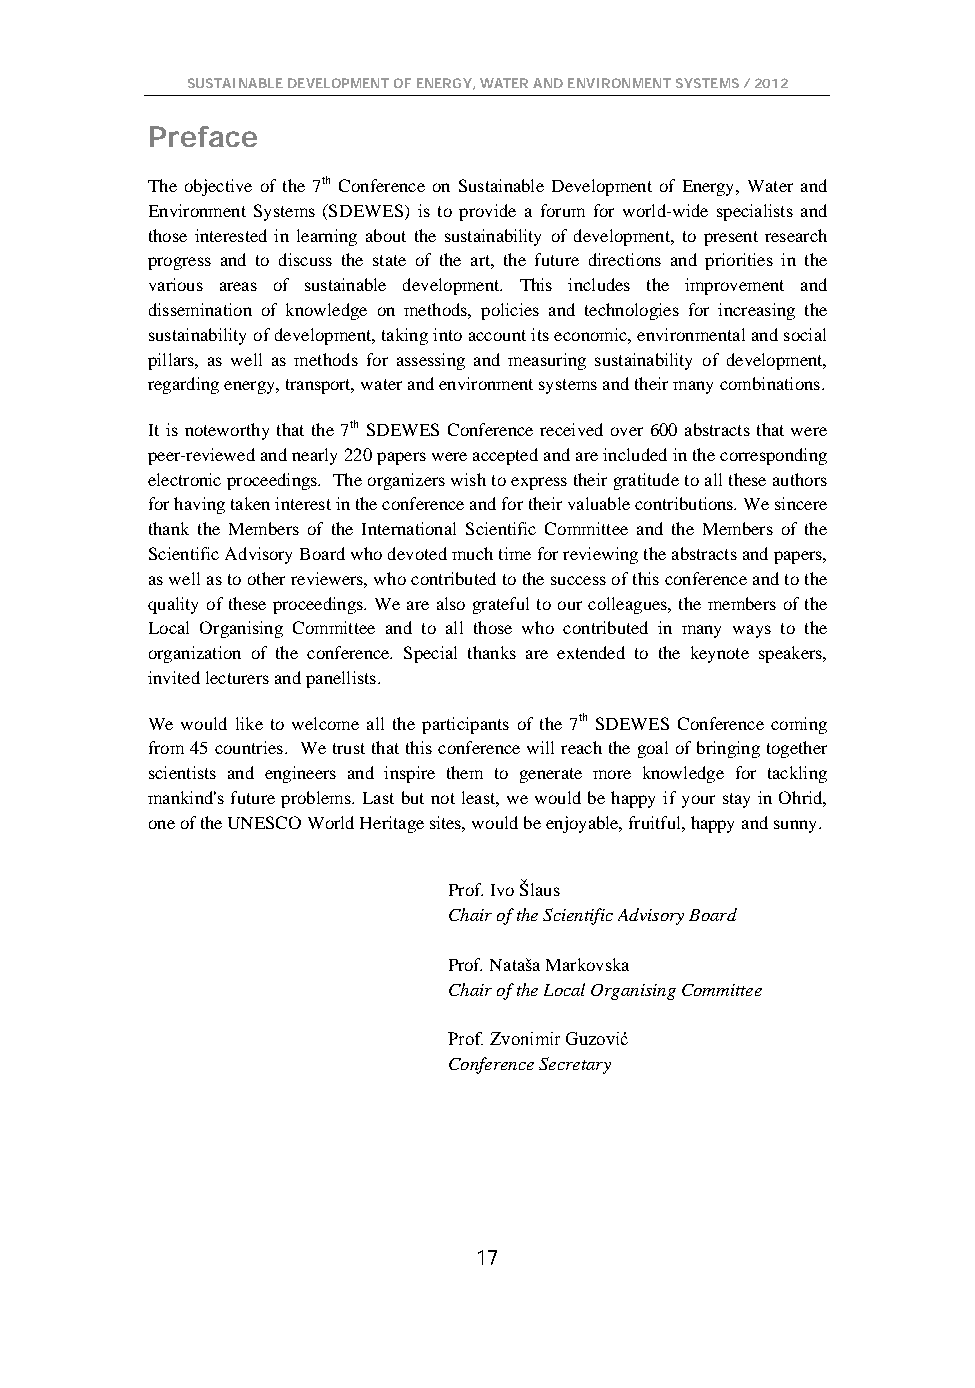
SUSTAINABLE DEVELOPMENT OF ENERGY, WATER AND ENVIRONMENT SYSTEMS / 2012
 Preface
 The objective of the 7th Conference on Sustainable Development of Energy, Water and
 Environment Systems (SDEWES) is to provide a forum for world-wide specialists and
 those interested in learning about the sustainability of development, to present research
 progress and to discuss the state of the art, the future directions and priorities in the
 various areas of sustainable development. This includes the improvement and
 dissemination of knowledge on methods, policies and technologies for increasing the
 sustainability of development, taking into account its economic, environmental and social
 pillars, as well as methods for assessing and measuring sustainability of development,
 regarding energy, transport, water and environment systems and their many combinations.
 It is noteworthy that the 7th SDEWES Conference received over 600 abstracts that were
 peer-reviewed and nearly 220 papers were accepted and are included in the corresponding
 electronic proceedings. The organizers wish to express their gratitude to all these authors
 for having taken interest in the conference and for their valuable contributions. We sincere
 thank the Members of the International Scientific Committee and the Members of the
 Scientific Advisory Board who devoted much time for reviewing the abstracts and papers,
 as well as to other reviewers, who contributed to the success of this conference and to the
 quality of these proceedings. We are also grateful to our colleagues, the members of the
 Local Organising Committee and to all those who contributed in many ways to the
 organization of the conference. Special thanks are extended to the keynote speakers,
 invited lecturers and panellists.
 We would like to welcome all the participants of the 7th SDEWES Conference coming
 from 45 countries. We trust that this conference will reach the goal of bringing together
 scientists and engineers and inspire them to generate more knowledge for tackling
 mankind's future problems. Last but not least, we would be happy if your stay in Ohrid,
 one of the UNESCO World Heritage sites, would be enjoyable, fruitful, happy and sunny.
 Prof. Ivo Šlaus
 Chair of the Scientific Advisory Board
 Prof. Nataša Markovska
 Chair of the Local Organising Committee
 Prof. Zvonimir Guzović
 Conference Secretary
 17